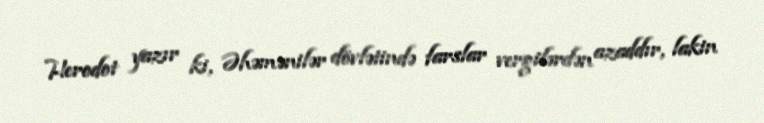
Herodot yazır ki, Əhəmənilər dövlətində farslar vergilərdən azaddır, lakin